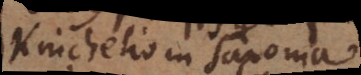
Knichelio in Saxonia.